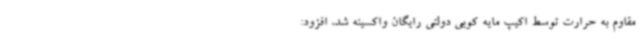
مقاوم به حرارت توسط اکیپ مایه کوبی دولتی رایگان واکسینه شد، افزود: